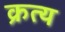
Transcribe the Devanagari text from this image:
क्रत्य